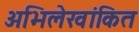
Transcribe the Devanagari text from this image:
अभिलेखांकित